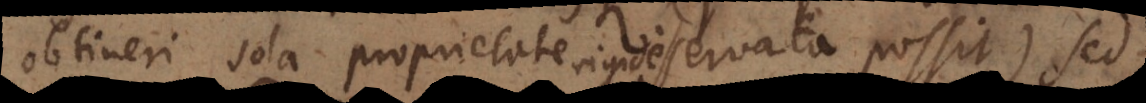
obtineri sola proprietate servata possit), sed